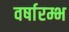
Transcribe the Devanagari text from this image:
वर्षारम्भ